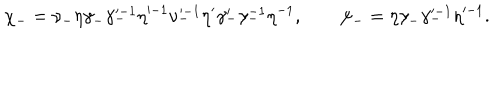
LaTeX: \chi _ { - } = \nu _ { - } \eta \gamma _ { - } \gamma _ { - } ^ { \prime - 1 } \eta ^ { \prime - 1 } \nu _ { - } ^ { \prime - 1 } \eta ^ { \prime } \gamma _ { - } ^ { \prime } \gamma _ { - } ^ { - 1 } \eta ^ { - 1 } , \qquad \psi _ { - } = \eta \gamma _ { - } \gamma _ { - } ^ { \prime - 1 } \eta ^ { \prime - 1 } .